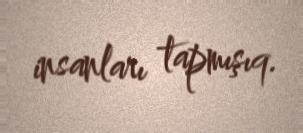
insanları tapmışıq.